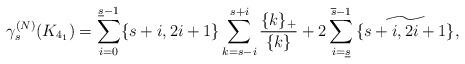
LaTeX: \begin{align*}\gamma_s^{(N)}(K_{4_1})=\sum_{i=0}^{\underline s-1} \{s+i, 2i+1\}\sum_{k=s-i}^{s+i} \dfrac{ \{k\}_+}{\{k\}} + 2\sum_{i={\underline s}}^{\overline s-1}\widetilde{\{s+i, 2i+1\}},\end{align*}